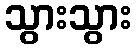
သွားသွား